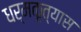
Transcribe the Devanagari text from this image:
धर्मकृत्यास